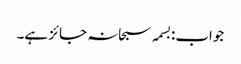
جواب:بسمہ سبحانہ جائز ہے۔